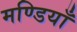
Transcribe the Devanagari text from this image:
मण्डियाँ